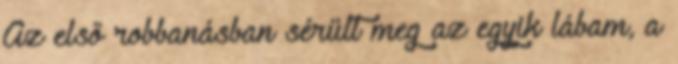
Az első robbanásban sérült meg az egyik lábam, a